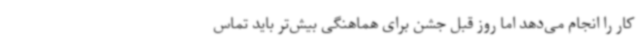
کار را انجام می‌دهد اما روز قبل جشن برای هماهنگی بیش‌تر باید تماس